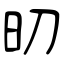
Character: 旫